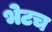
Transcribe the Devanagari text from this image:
भेटच